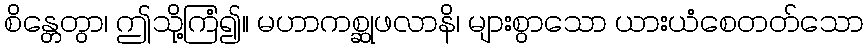
စိန္တေတွာ၊ ဤသို့ကြံ၍။ မဟာကစ္ဆုဖလာနိ၊ များစွာသော ယားယံစေတတ်သော